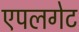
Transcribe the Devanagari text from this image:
एपलगेट